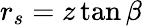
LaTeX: r_{s}=z\tan\beta